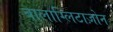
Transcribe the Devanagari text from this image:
बालाग्लिटाज़ोन